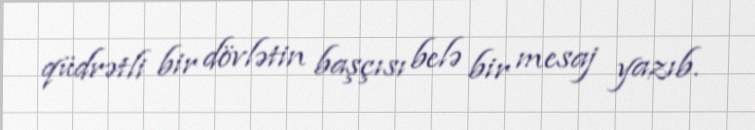
qüdrətli bir dövlətin başçısı belə bir mesaj yazıb.